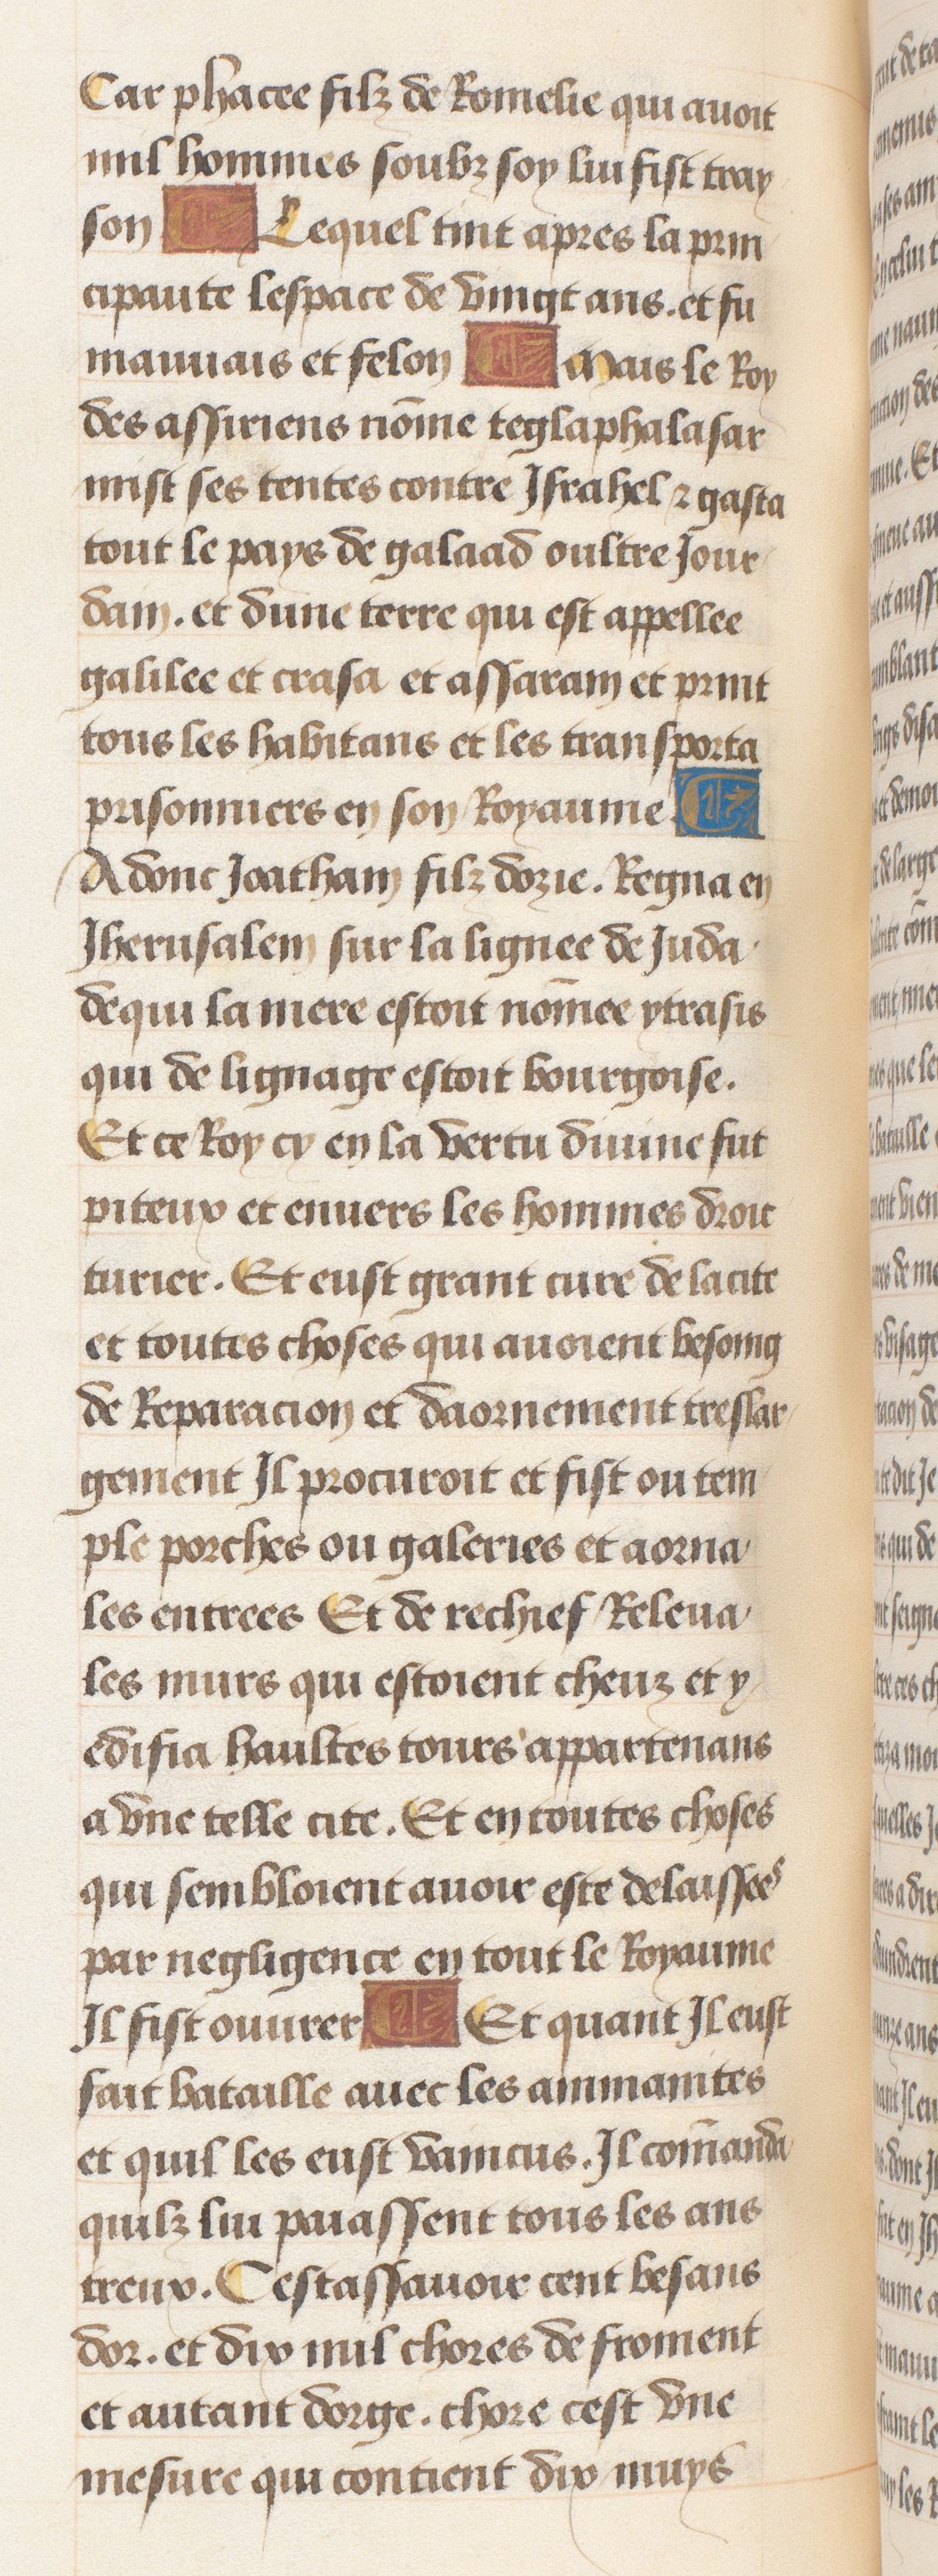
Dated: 1470–1499